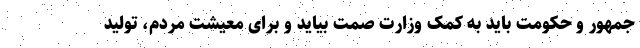
جمهور و حکومت باید به کمک وزارت صمت بیاید و برای معیشت مردم، تولید